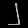
Digit: ၂